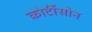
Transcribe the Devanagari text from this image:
कोर्टीसोन